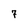
Character: 7